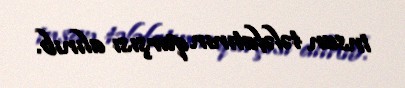
insan tələfatının qarşısı alınıb.